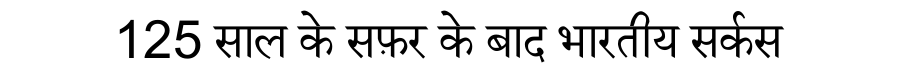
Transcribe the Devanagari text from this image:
125 साल के सफ़र के बाद भारतीय सर्कस